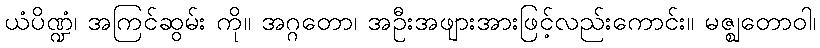
ယံပိဏ္ဍံ၊ အကြင်ဆွမ်း ကို။ အဂ္ဂတော၊ အဦးအဖျားအားဖြင့်လည်းကောင်း။ မဇ္ဈတောဝါ၊